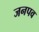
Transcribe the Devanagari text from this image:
जनपव